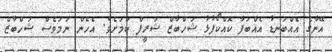
އޭނާގެ އެއްބަނޑު އެއްބަފާ ކޮއްކޯފުޅު ޝަހްބާޒް ޝަރީފް ކަމަށެވެ. އެހެން ނަމަވެސް ޝަހްބާޒް